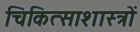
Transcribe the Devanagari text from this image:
चिकित्साशास्त्रों